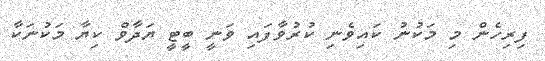
ފިރިހެން މި މަކުނު ކައިވެނި ކުރުވާފައި ވަނީ ބީޓީ ޔަދާވް ކިޔާ މަކުނަކާ